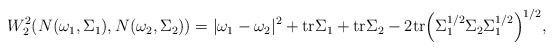
\begin{align*} W^2_2(N(\omega_1,\Sigma_1), N(\omega_2,\Sigma_2))= |\omega_1-\omega_2|^2+\mathrm{tr}\Sigma_1+\mathrm{tr}\Sigma_2- 2\mathrm{tr}\Big(\Sigma_1^{1/2}\Sigma_2\Sigma_1^{1/2}\Big)^{1/2},\end{align*}